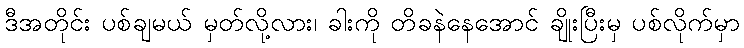
ဒီအတိုင်း ပစ်ချမယ် မှတ်လို့လား၊ ခါးကို တိခနဲနေအောင် ချိုးပြီးမှ ပစ်လိုက်မှာ